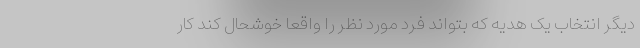
دیگر انتخاب یک هدیه که بتواند فرد مورد نظر را واقعا خوشحال کند کار